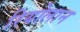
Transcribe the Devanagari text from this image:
रियोलान